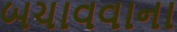
બચાવવાના